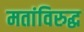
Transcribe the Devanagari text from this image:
मतांविरुद्ध